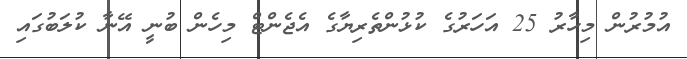
އުމުރުން މިހާރު 25 އަހަރުގެ ކުޅުންތެރިޔާގެ އެޖެންޓް މިހެން ބުނީ އޭނާ ކުލަބުގައި